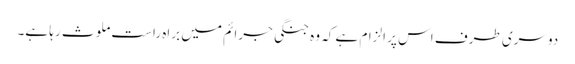
دوسری طرف اس پر الزام ہے کہ وہ جنگی جرائم میں براہ راست ملوث رہا ہے۔